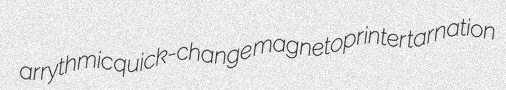
arrythmic quick-change magnetoprinter tarnation